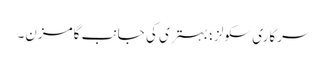
سرکاری سکولز ؛ بہتری کی جانب گامزن۔